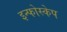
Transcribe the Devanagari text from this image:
इन्फोस्केप